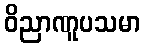
ဝိညာဏူပသမာ